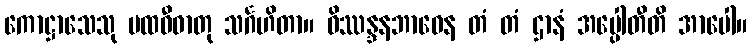
ကောဋ္ဌာသေသု ပထဝီဓာတု သင်္ဂဟိတာ။ ဝိဿန္ဒနဘာဝေန တံ တံ ဌာနံ အပ္ပေါတီတိ အာပေါ။